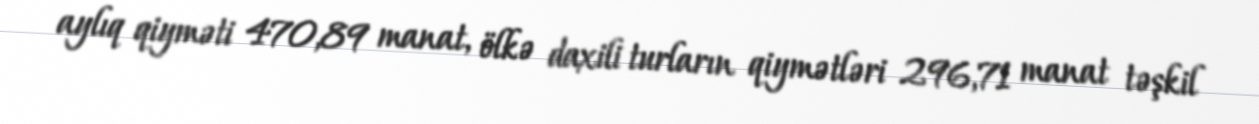
aylıq qiyməti 470,89 manat, ölkə daxili turların qiymətləri 296,71 manat təşkil